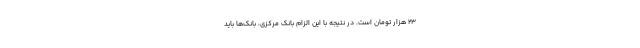
۲۳ هزار تومان است. در نتیجه با این الزام بانک مرکزی، بانک‌ها باید